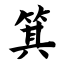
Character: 箕